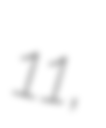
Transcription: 11,